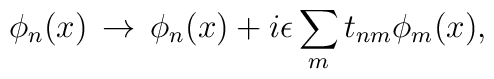
\phi_{n}(x)\,\rightarrow\, \phi_{n}(x)+i\epsilon\sum_{m}t_{nm}\phi_{m}(x),